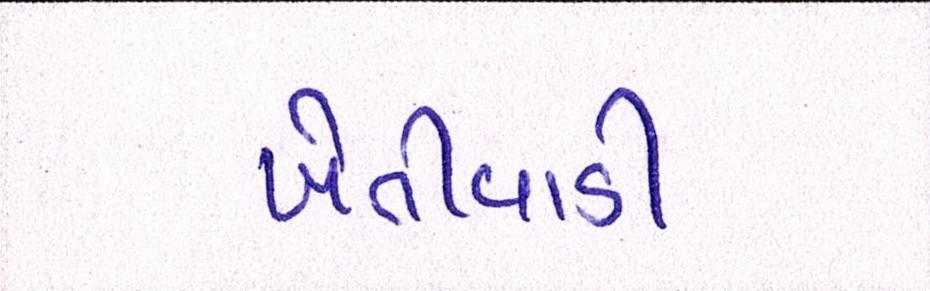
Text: ખેતીવાડી